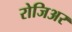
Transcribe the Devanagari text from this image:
रोजिअर